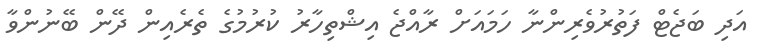
އަދި ބަޖެޓް ފަތުރުވެރިންނާ ހަމައަށް ރާއްޖެ އިޝްތިހާރު ކުރުމުގެ ތެރެއިން ދޭން ބޭނުންވާ